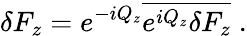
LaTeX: \delta F_{z}=e^{-iQ_{z}}\overline{{e^{iQ_{z}}\delta F_{z}}}\; .